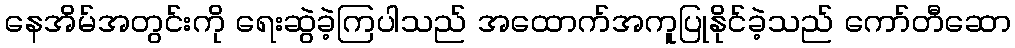
နေအိမ်အတွင်းကို ရေးဆွဲခဲ့ကြပါသည် အထောက်အကူပြုနိုင်ခဲ့သည် ကော်တီဆော